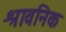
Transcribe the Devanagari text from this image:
श्रावनिक